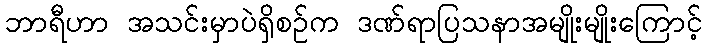
ဘာရီဟာ အသင်းမှာပဲရှိစဉ်က ဒဏ်ရာပြသနာအမျိုးမျိုးကြောင့်